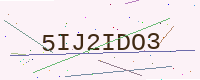
Text: 5IJ2IDO3